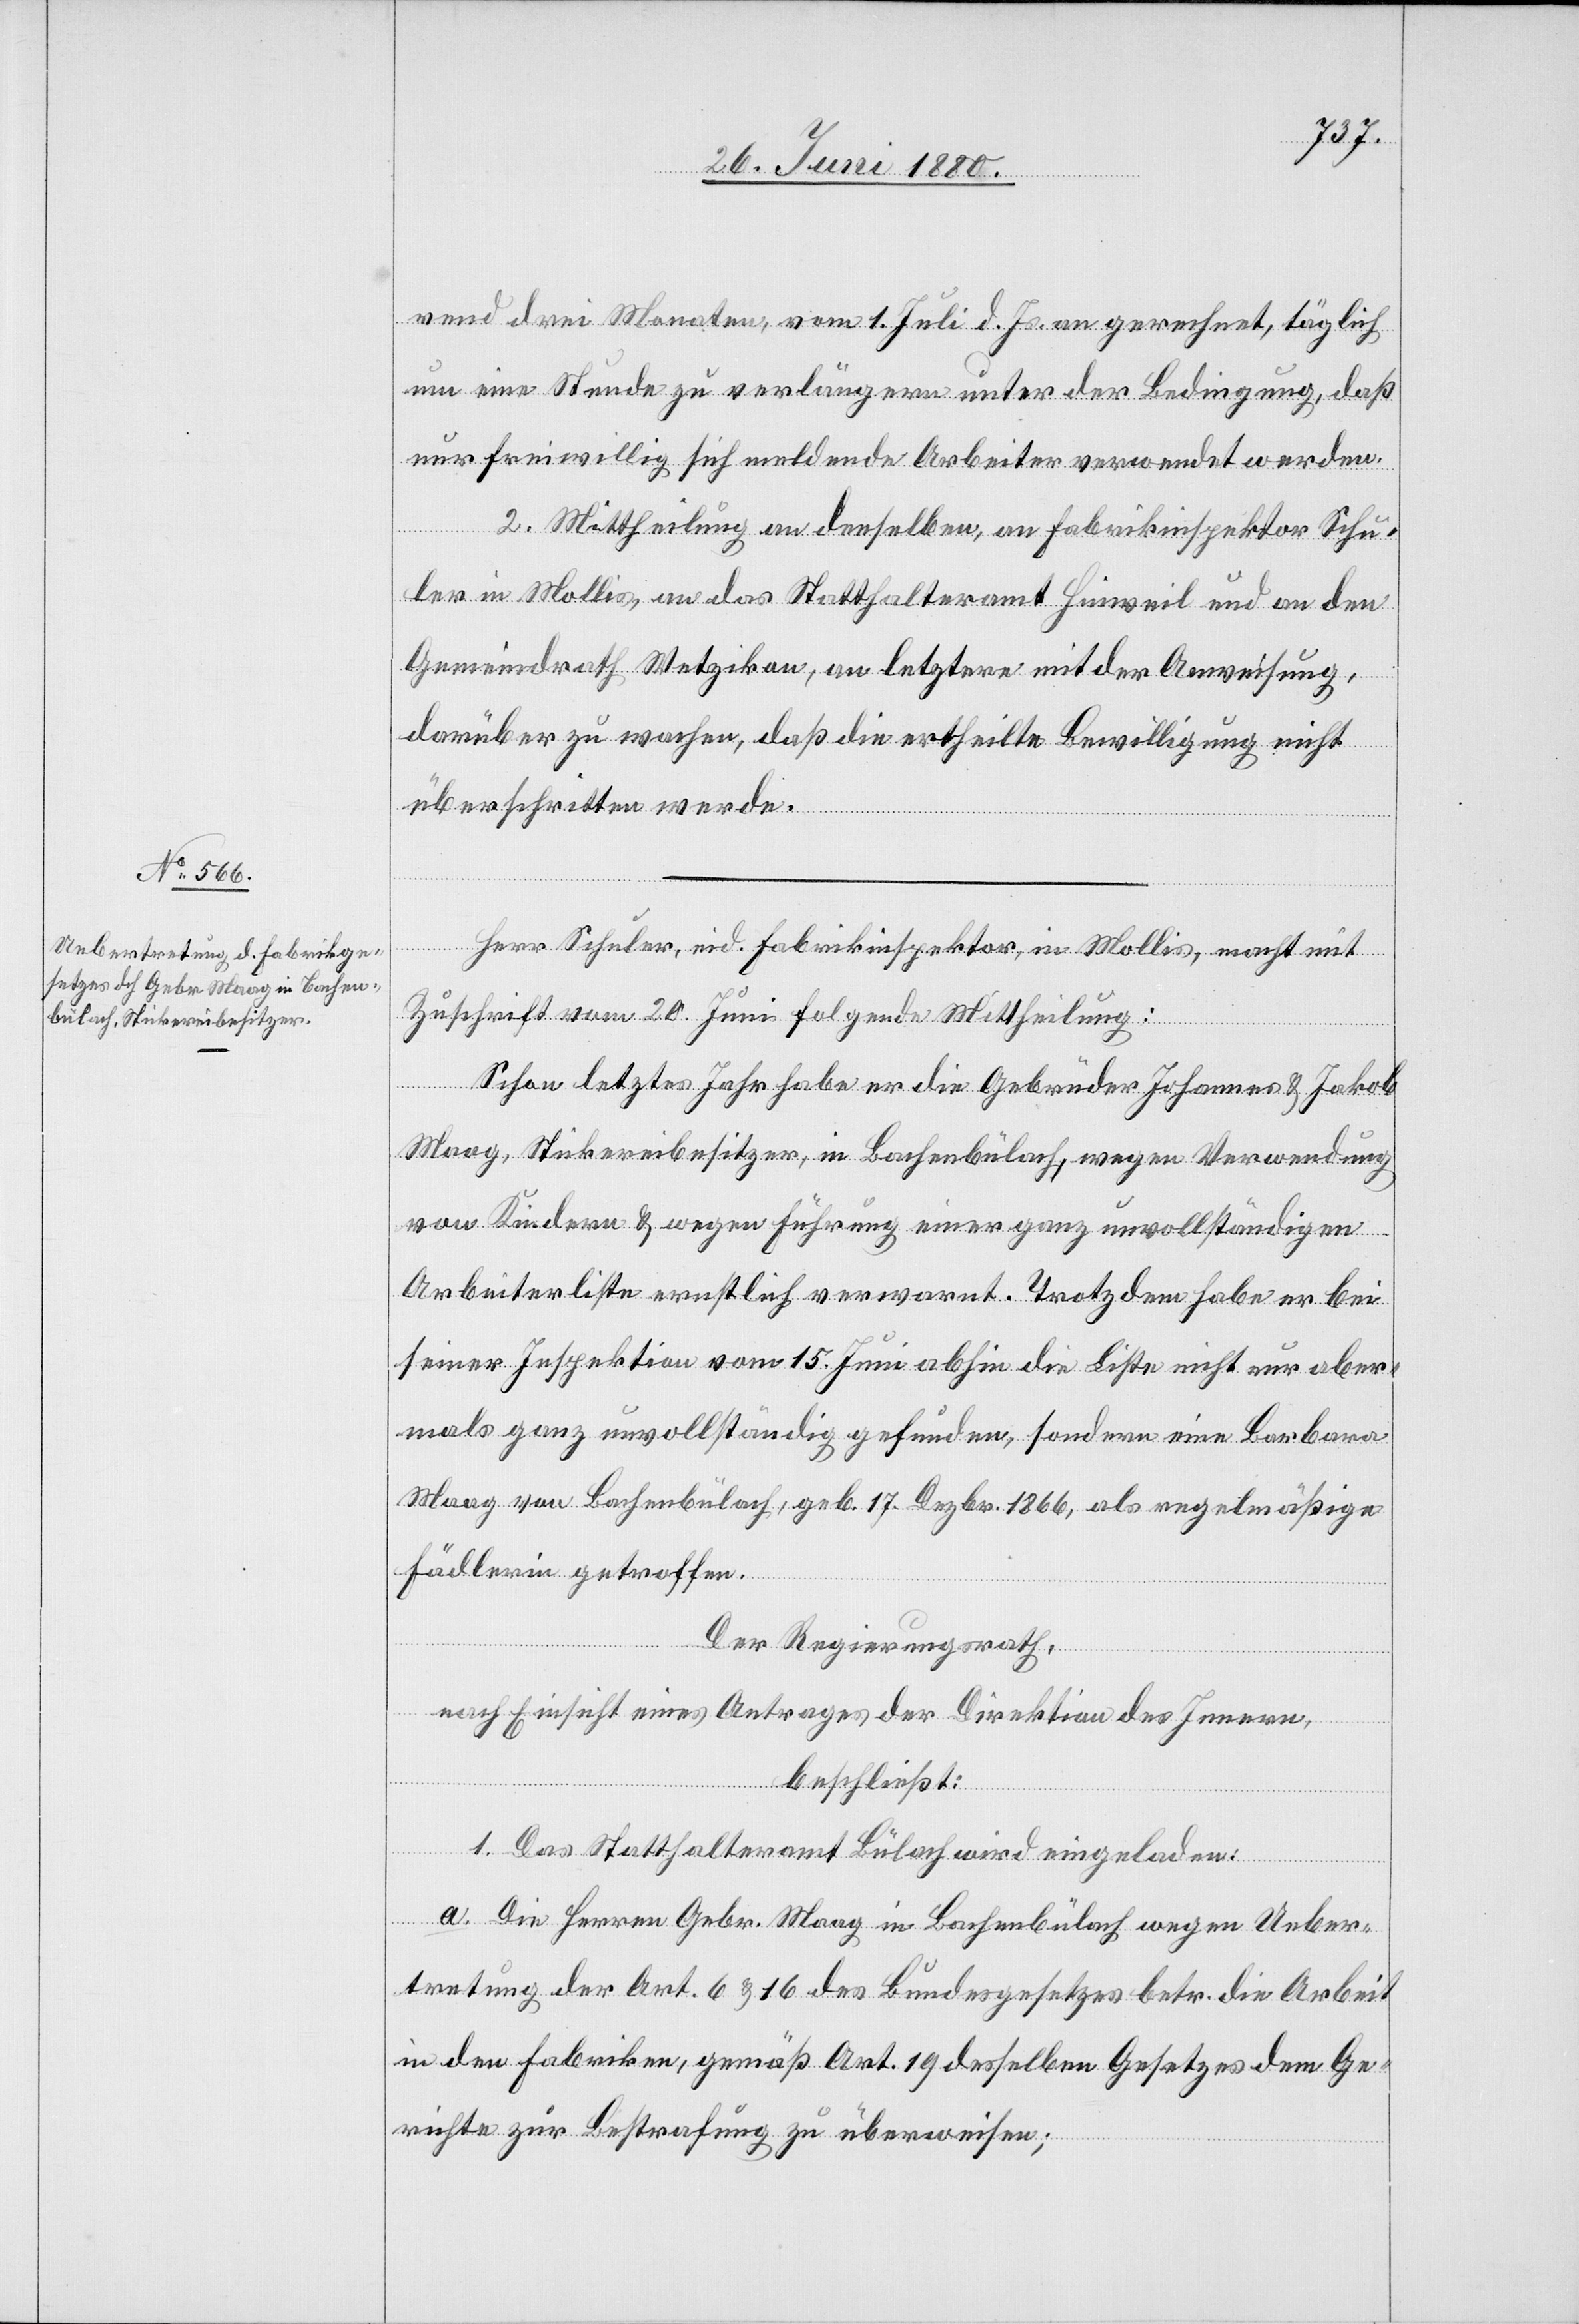
rend drei Monaten, vom 1. Juli d. Js. an gerechnet, täglich
um eine Stunde zu verlängern unter der Bedingung, daß
nur freiwillig sich meldende Arbeiter verwendet werden.
2. Mittheilung an denselben, an Fabrikinspektor Schu¬
ler in Mollis, an das Statthalteramt Hinweil und an den
Gemeindrath Wetzikon, an letztere mit der Anweisung,
darüber zu wachen, daß die ertheilte Bewilligung nicht
überschritten werde.
Herr Schuler, eid. Fabrikinspektor, in Mollis, macht mit
Zuschrift vom 20. Juni folgende Mittheilung:
Schon letztes Jahr habe er die Gebrüder Johannes & Jakob
Maag, Stickereibesitzer, in Bachenbülach, wegen Verwendung
von Kindern & wegen Führung einer ganz unvollständigen
Arbeiterliste ernstlich verwarnt. Trotzdem habe er bei
seiner Inspektion vom 15. Juni abhin die Liste nicht nur aber¬
mals ganz unvollständig gefunden, sondern eine Barbara
Maag von Bachenbülach, geb. 17. Dezbr. 1866, als regelmäßige
Fädlerin getroffen.
Der Regierungsrath,
nach Einsicht eines Antrages der Direktion des Innern,
beschließt:
1. Das Statthalteramt Bülach wird eingeladen:
a. Die Herren Gebr. Maag in Bachenbülach wegen Ueber¬
tretung der Art. 6 & 16 des Bundesgesetzes betr. die Arbeit
in den Fabriken, gemäß Art. 19 desselben Gesetzes dem Ge¬
richte zur Bestrafung zu überweisen;